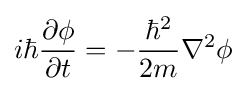
i\hbar {\frac {\partial \phi }{\partial t}}=-{\frac {\hbar ^{2}}{2m}}\nabla ^{2}\phi